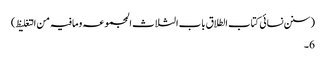
(سنن نسائی کتاب الطلاق باب الثلاث المجموعہ ومافیہ من التغلیظ)
6۔